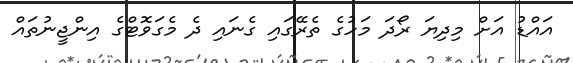
އައްޑު އަށް މިދިޔަ ރޯދަ މަހުގެ ތެރޭގައި ގެނައި ދެ މެގަވޮޓްގެ އިންޖީނުތައް